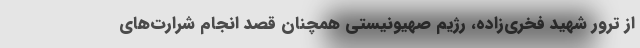
از ترور شهید فخری‌زاده، رژیم صهیونیستی همچنان قصد انجام شرارت‌های